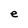
Character: e